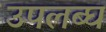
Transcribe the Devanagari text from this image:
उपलब्‍घ